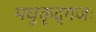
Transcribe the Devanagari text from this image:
मधुकृद्गजः